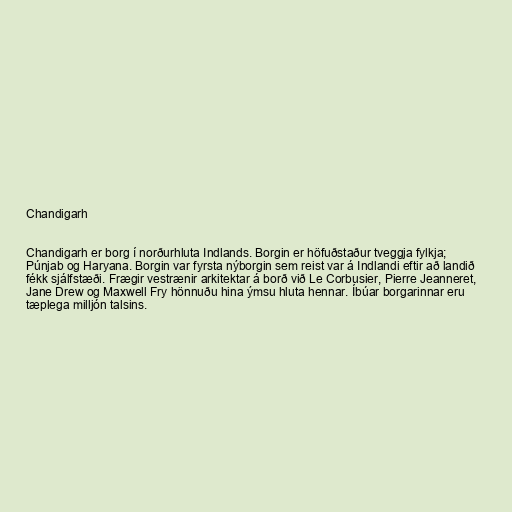
Chandigarh

Chandigarh er borg í norðurhluta Indlands. Borgin er höfuðstaður tveggja fylkja;
Púnjab og Haryana. Borgin var fyrsta nýborgin sem reist var á Indlandi eftir að landið
fékk sjálfstæði. Frægir vestrænir arkitektar á borð við Le Corbusier, Pierre Jeanneret,
Jane Drew og Maxwell Fry hönnuðu hina ýmsu hluta hennar. Íbúar borgarinnar eru
tæplega milljón talsins.